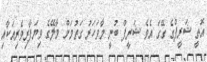
އޮތީ ޝަރީފްގެ ގޭގަ އެވެ ޝަރީފް ބުނީ މާވަހަރު ގަތުމަށް މާލޭގެ ވިޔަފާރިވެރިއަކާއި